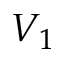
V _ { 1 }